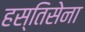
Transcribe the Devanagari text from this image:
हस्तिसेना